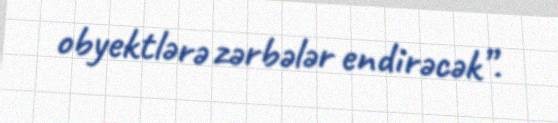
obyektlərə zərbələr endirəcək”.